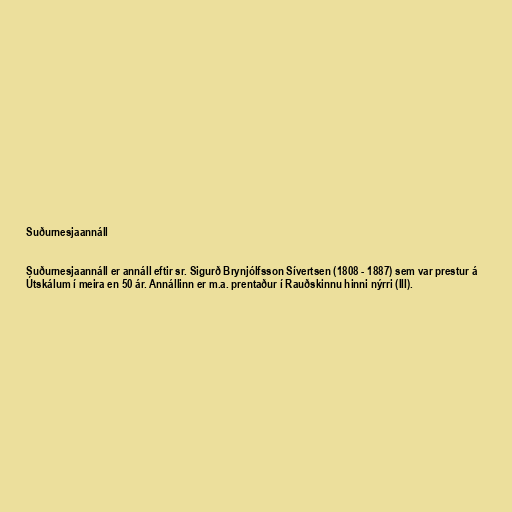
Suðurnesjaannáll

Suðurnesjaannáll er annáll eftir sr. Sigurð Brynjólfsson Sívertsen (1808 - 1887) sem var prestur á
Útskálum í meira en 50 ár. Annállinn er m.a. prentaður í Rauðskinnu hinni nýrri (III).